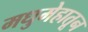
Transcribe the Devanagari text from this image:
मधुमेहातून